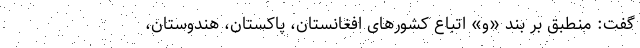
گفت: منطبق بر بند «و» اتباع کشورهای افغانستان، پاکستان، هندوستان،